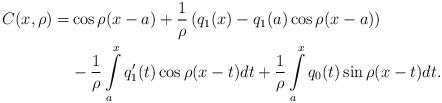
LaTeX: \begin{align*}\begin{aligned}C(x,\rho)=&\cos \rho (x-a)+\frac{1}{\rho}\left(q_{1}(x)-q_{1}(a)\cos \rho(x-a)\right)\\&-\frac{1}{\rho}\int\limits_{a}^{x}q_{1}^{\prime }(t)\cos \rho (x-t)dt+\frac{1}{\rho}\int\limits_{a}^{x}q_{0}(t)\sin \rho (x-t)dt.\end{aligned}\end{align*}